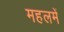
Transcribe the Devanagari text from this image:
महलमें